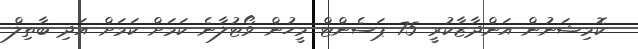
ކޮމިޝަނުން އަންދާޒާކުރީ 75 ޕަސެންޓް މީހުން ވޯޓުލާނެ ކަމަށް ކަމަށް އަދި ބާތިލް